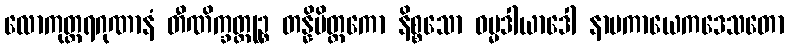
လောကုတ္တရဂုဏာနံ တီဏိက္ခတ္တုဉ္စ တန္နိမိတ္တကော နိစ္စသော ဓမ္မဒါယာဒေါ နာမကာယေကဒေသတော